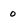
Character: O